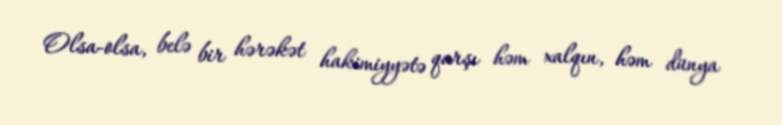
Olsa-olsa, belə bir hərəkət hakimiyyətə qarşı həm xalqın, həm dünya